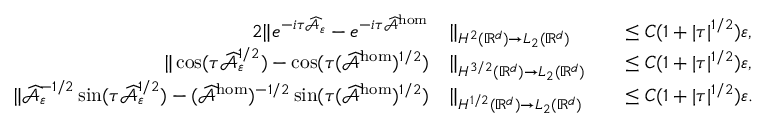
\begin{array} { r l r l } { { 2 } \| e ^ { - i \tau \widehat { \mathcal { A } } _ { \varepsilon } } - e ^ { - i \tau \widehat { \mathcal { A } } ^ { \mathrm { h o m } } } } & { \| _ { H ^ { 2 } ( \mathbb { R } ^ { d } ) \to L _ { 2 } ( \mathbb { R } ^ { d } ) } } & & { \le C ( 1 + | \tau | ^ { 1 / 2 } ) \varepsilon , } \\ { \| \cos ( \tau \widehat { \mathcal { A } } _ { \varepsilon } ^ { 1 / 2 } ) - \cos ( \tau ( \widehat { \mathcal { A } } ^ { \mathrm { h o m } } ) ^ { 1 / 2 } ) } & { \| _ { H ^ { 3 / 2 } ( \mathbb { R } ^ { d } ) \to L _ { 2 } ( \mathbb { R } ^ { d } ) } } & & { \le C ( 1 + | \tau | ^ { 1 / 2 } ) \varepsilon , } \\ { \| \widehat { \mathcal { A } } _ { \varepsilon } ^ { - 1 / 2 } \sin ( \tau \widehat { \mathcal { A } } _ { \varepsilon } ^ { 1 / 2 } ) - ( \widehat { \mathcal { A } } ^ { \mathrm { h o m } } ) ^ { - 1 / 2 } \sin ( \tau ( \widehat { \mathcal { A } } ^ { \mathrm { h o m } } ) ^ { 1 / 2 } ) } & { \| _ { H ^ { 1 / 2 } ( \mathbb { R } ^ { d } ) \to L _ { 2 } ( \mathbb { R } ^ { d } ) } } & & { \le C ( 1 + | \tau | ^ { 1 / 2 } ) \varepsilon . } \end{array}